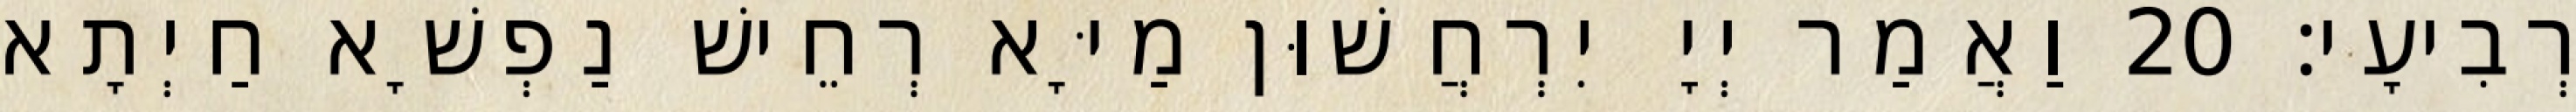
רְבִיעָי׃ 20 וַאֲמַר יְיָ יִרְחֲשׁוּן מַיָּא רְחֵישׁ נַפְשָׁא חַיְתָא